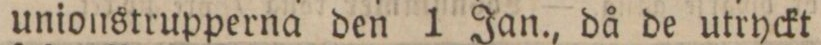
unionstrupperna den 1 Jan., då de utryckt